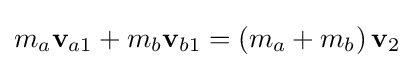
m_{a}\mathbf {v} _{a1}+m_{b}\mathbf {v} _{b1}=\left(m_{a}+m_{b}\right)\mathbf {v} _{2}